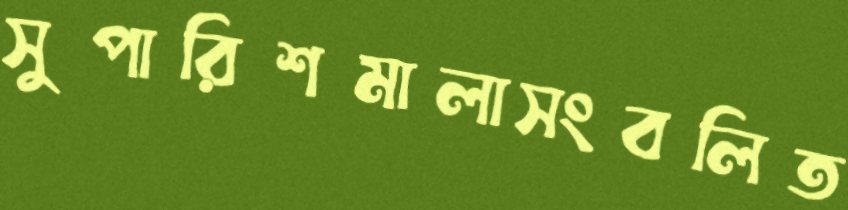
সুপারিশমালাসংবলিত